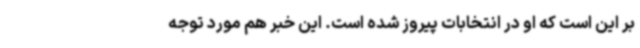
بر این است که او در انتخابات پیروز شده است. این خبر هم مورد توجه